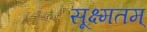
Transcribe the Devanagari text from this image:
सूक्ष्मतम्